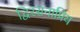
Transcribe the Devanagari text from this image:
द्विरसनाप्रिय